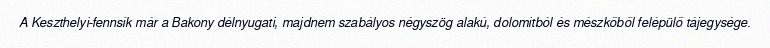
A Keszthelyi-fennsík már a Bakony délnyugati, majdnem szabályos négyszög alakú, dolomitból és mészkőből felépülő tájegysége.